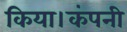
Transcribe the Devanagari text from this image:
किया।कंपनी